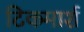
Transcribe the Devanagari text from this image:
टिकमार्श